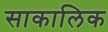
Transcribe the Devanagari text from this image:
साकालिक